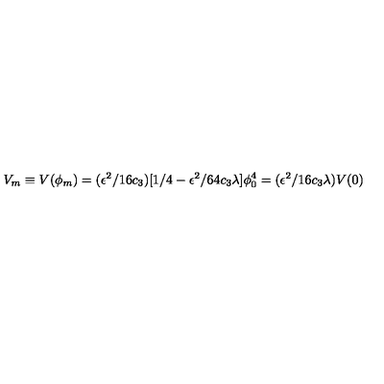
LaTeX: V _ { m } \equiv V ( \phi _ { m } ) = ( \epsilon ^ { 2 } / 1 6 c _ { 3 } ) [ 1 / 4 - \epsilon ^ { 2 } / 6 4 c _ { 3 } \lambda ] \phi _ { 0 } ^ { 4 } = ( \epsilon ^ { 2 } / 1 6 c _ { 3 } \lambda ) V ( 0 )